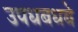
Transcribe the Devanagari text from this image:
उपधबधबे